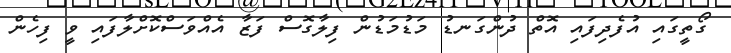
ގޯތީގައި އުފެދިފައި އޮތް ދުންގަނޑު މަޑުމަޑުން ފިލާގޮސް ފަޒާ އެއްވަސްކޮށްލާފައި ވީ ފިހެން